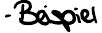
- Beispiel